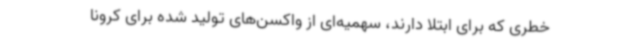
خطری که برای ابتلا دارند، سهمیه‌ای از واکسن‌های تولید شده برای کرونا